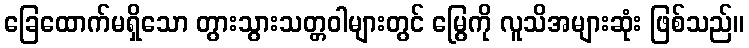
ခြေထောက်မရှိသော တွားသွားသတ္တဝါများတွင် မြွေကို လူသိအများဆုံး ဖြစ်သည်။